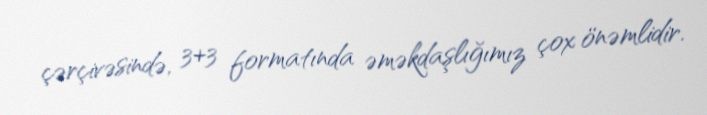
çərçivəsində, 3+3 formatında əməkdaşlığımız çox önəmlidir.